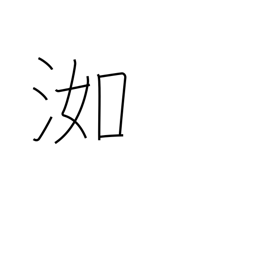
Meaning: wet